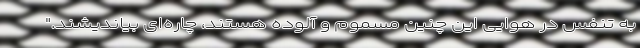
به تنفس در هوایی این چنین مسموم و آلوده هستند، چاره‌ای بیاندیشند."